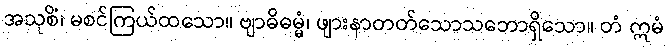
အသုစိံ၊ မစင်ကြယ်ထသော။ ဗျာဓိဓမ္မံ၊ ဖျားနာတတ်သောသဘောရှိသော။ တံ ဣမံ